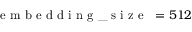
\mathrm { ~ \texttt ~ { ~ e ~ m ~ b ~ e ~ d ~ d ~ i ~ n ~ g ~ \_ ~ s ~ i ~ z ~ e ~ } ~ } = 5 1 2